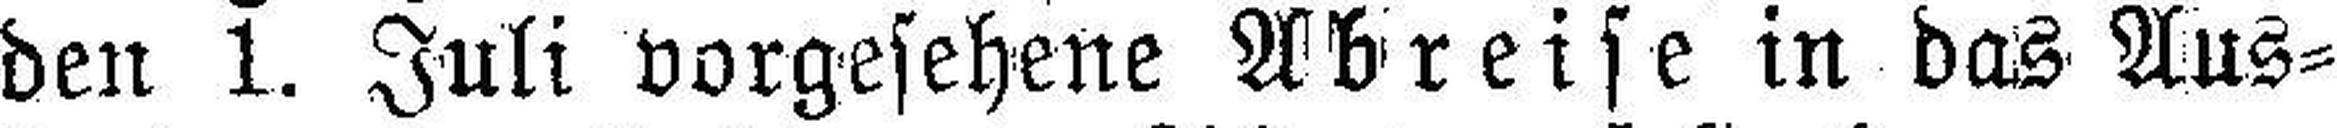
den 1. Juli vorgesehene Abreise in das Aus¬